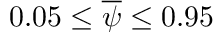
0 . 0 5 \le \overline { { \psi } } \le 0 . 9 5